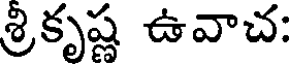
శ్రికృష్ణ ఉవాచ: